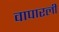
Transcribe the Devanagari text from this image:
वापारली